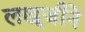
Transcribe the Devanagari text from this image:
लखूजीने